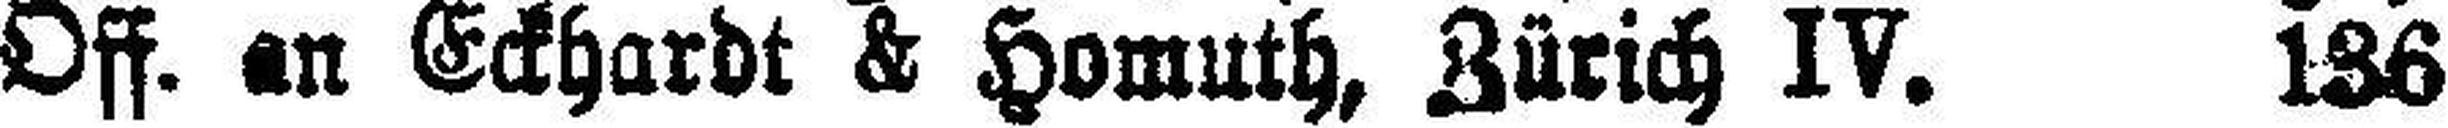
Off. an Eckhardt & Homuth, Zürich IV. 136